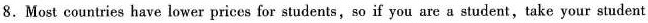
8. Most countries have lower prices for students, so if you are a student, take your student